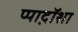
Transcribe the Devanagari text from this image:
प्पाद़ॉशा